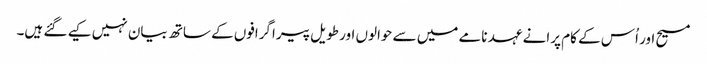
مسیح اور اُس کے کام پرانے عہد نامے میں سے حوالوں اور طویل پیراگرافوں کے ساتھ بیان نہیں کیے گئے ہیں۔